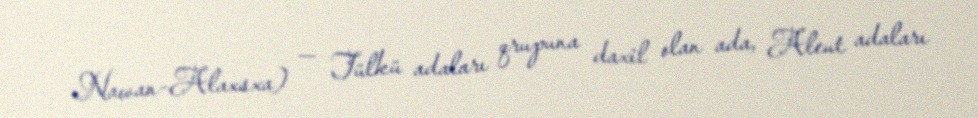
Nawan-Alaxsxa) — Tülkü adaları qrupuna daxil olan ada, Aleut adaları